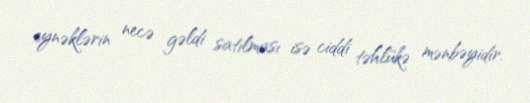
eynəklərin necə gəldi satılması isə ciddi təhlükə mənbəyidir.